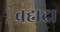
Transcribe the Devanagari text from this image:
ब्रह्मदा